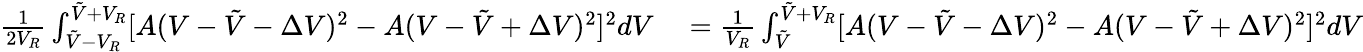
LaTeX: \begin{array}{rl}{\frac 1{2V_{R}}\int_{\tilde{V}-V_{R}}^{\tilde{V}+V_{R}}[A(V-\tilde{V}-\Delta V)^{2}-A(V-\tilde{V}+\Delta V)^{2}]^{2}dV}&{{}=\frac 1{V_{R}}\int_{\tilde{V}}^{\tilde{V}+V_{R}}[A(V-\tilde{V}-\Delta V)^{2}-A(V-\tilde{V}+\Delta V)^{2}]^{2}dV}\end{array}